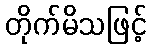
တိုက်မိသဖြင့်